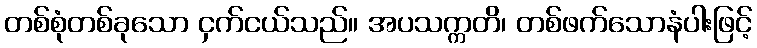
တစ်စုံတစ်ခုသော ငှက်ငယ်သည်။ အပသက္ကတိ၊ တစ်ဖက်သောနံပါးဖြင့်